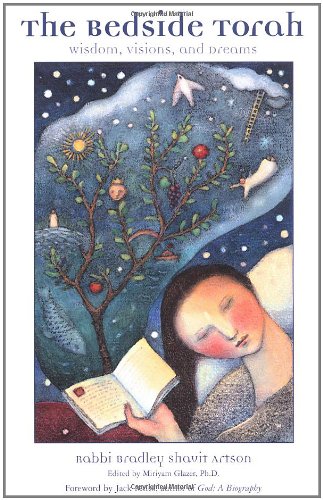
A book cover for The Bedside Torah : Wisdom, Visions, and Dreams; Bradley Artson; Health, Fitness & Dieting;